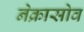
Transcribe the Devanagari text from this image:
नेक्रासोव